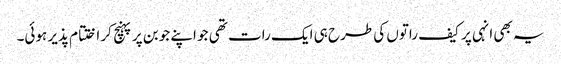
یہ بھی انہی پر کیف راتوں کی طرح ہی ایک رات تھی جو اپنے جوبن پر پہنچ کر اختتام پذیر ہوئی۔